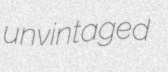
unvintaged